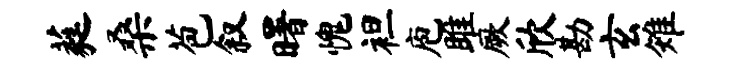
蕤桑苞叙曙愧袒庖雎厥欣勘玄雉